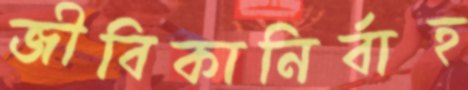
জীবিকানির্বাহ